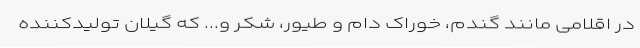
در اقلامی مانند گندم، خوراک دام و طیور، شکر و... که گیلان تولیدکننده